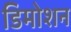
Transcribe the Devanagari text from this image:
डिमोशन